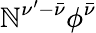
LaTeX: \mathbb{N}^{\nu^{\prime}-\bar{{\nu}}}\phi^{\bar{{\nu}}}